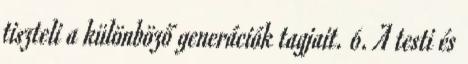
tiszteli a különböző generációk tagjait. 6. A testi és